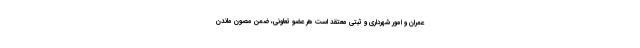
عمران و امور شهرداری و ثبتی معتقد است هر عضو تعاونی، ضمن مصون ماندن